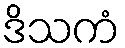
ဒိသကံ